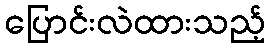
ပြောင်းလဲထားသည့်